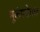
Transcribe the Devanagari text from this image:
भूकंपरोधक